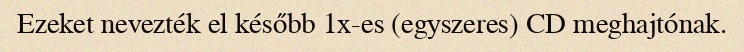
Ezeket nevezték el később 1x-es (egyszeres) CD meghajtónak.